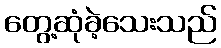
တွေ့ဆုံခဲ့သေးသည်